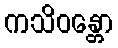
ကသိဝန္တော